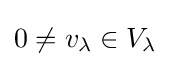
0\neq v_{\lambda }\in V_{\lambda }